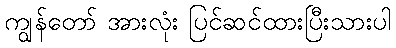
ကျွန်တော် အားလုံး ပြင်ဆင်ထားပြီးသားပါ